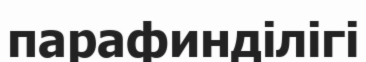
парафинділігі